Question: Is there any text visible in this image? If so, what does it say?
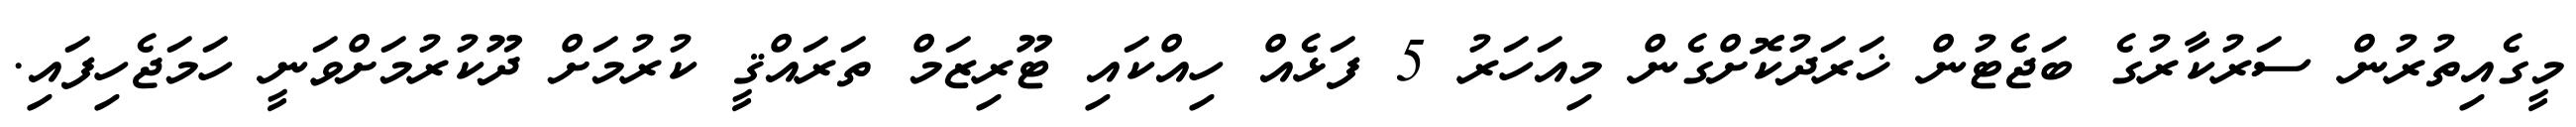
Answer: މީގެއިތުރުން ސަރުކާރުގެ ބަޖެޓުން ޚަރަދުކޮށްގެން މިއަހަރު 5 ފަޅެއް ހިއްކައި ޓޫރިޒަމް ތަރައްޤީ ކުރުމަށް ދޫކުރުމަށްވަނީ ހަމަޖެހިފައި.